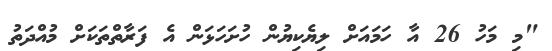
"މި މަހު 26 އާ ހަމައަށް ލިޔެކިޔުން ހުށަހަޅަން އެ ފަރާތްތަކަށް މުއްދަތު